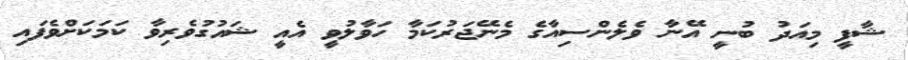
ޝާފީ މިއަދު ބުނީ އޭނާ ވެލެންސިއާގެ މެނޭޖަރުކަމާ ހަވާލުވީ އެއީ ޝައުގުވެރިވާ ކަމަކަށްވެފައި